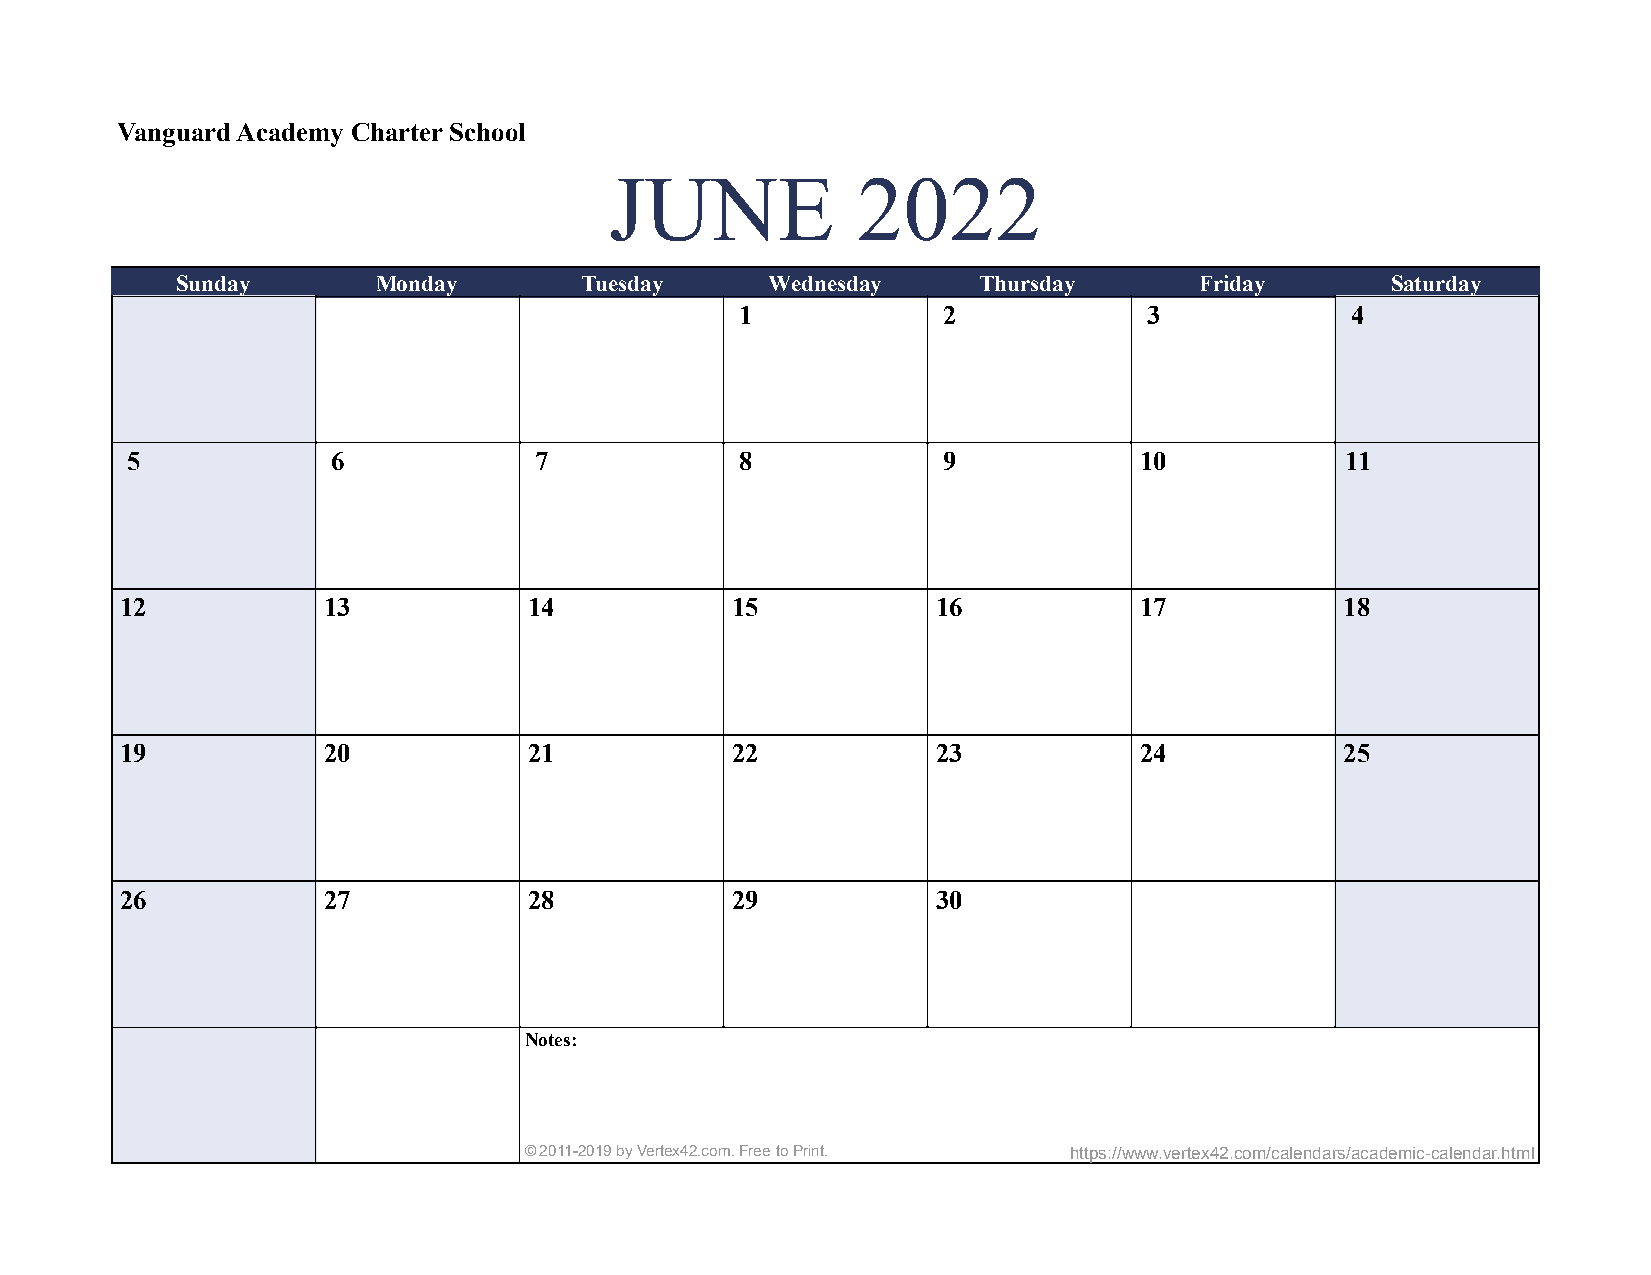
Vanguard Academy Charter School
 JUNE             2022
 Sunday       Monday       Tuesday      Wednesday     Thursday      Friday       Saturday
 1            2             3            4
 5             6            7             8            9            10            11
 12           13            14           15            16           17            18
 19           20            21           22            23           24            25
 26           27            28           29            30
 Notes:
 © 2011-2019 by Vertex42.com. Free to Print. https://www.vertex42.com/calendars/academic-calendar.html